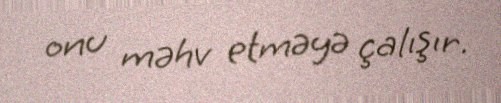
onu məhv etməyə çalışır.